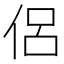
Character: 侶